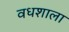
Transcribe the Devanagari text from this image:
वधशाला